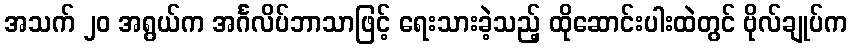
အသက် ၂၀ အရွယ်က အင်္ဂလိပ်ဘာသာဖြင့် ရေးသားခဲ့သည့် ထိုဆောင်းပါးထဲတွင် ဗိုလ်ချုပ်က